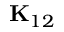
\mathbf { K } _ { 1 2 }